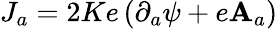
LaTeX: J_{a}=2Ke\, (\partial_{a}\psi+e\mathbf{A}_{a})